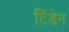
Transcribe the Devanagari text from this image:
टिंडेन